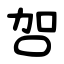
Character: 㔔